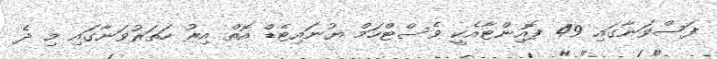
ފަސްވަނާގައި 49 ޕޮއިންޓާއެކީ ވެސްޓްހަމް ޔުނައިޓެޑް އޮތް އިރު ހަތަރުވަނާގައި މި ދެ